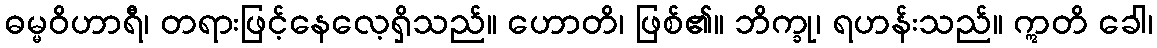
ဓမ္မဝိဟာရီ၊ တရားဖြင့်နေလေ့ရှိသည်။ ဟောတိ၊ ဖြစ်၏။ ဘိက္ခု၊ ရဟန်းသည်။ ဣတိ ခေါ၊